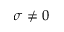
\sigma \neq 0